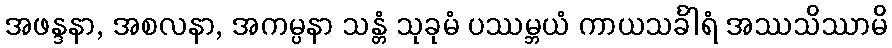
အဖန္ဒနာ, အစလနာ, အကမ္ပနာ သန္တံ သုခုမံ ပဿမ္ဘယံ ကာယသင်္ခါရံ အဿသိဿာမိ